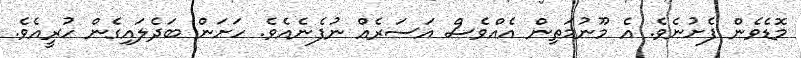
މޮޑެވެން ފެށުނެވެ. އެ މޫނުމަތިން އެއްވެސް އަސަރެއް ނުފެނެއެވެ. ހަށަން ބަދެލައިގެން ހުރީއެވެ.